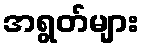
အရွတ်များ